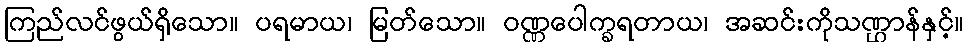
ကြည်လင်ဖွယ်ရှိသော။ ပရမာယ၊ မြတ်သော။ ဝဏ္ဏပေါက္ခရတာယ၊ အဆင်းကိုသဏ္ဌာန်နှင့်။